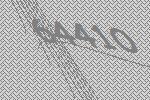
64410